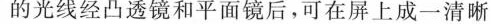
的光线经凸透镜和平面镜后，可在屏上成一清晰